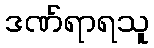
ဒဏ်ရာရသူ